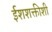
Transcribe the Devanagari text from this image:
ईशशक्तीशी